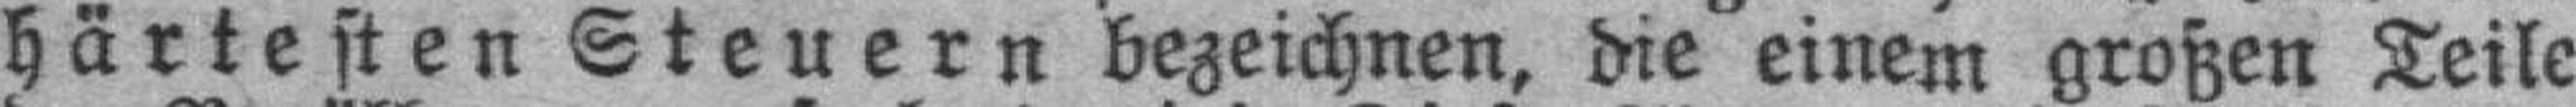
härtesten Steuern bezeichnen, die einem großen Teile